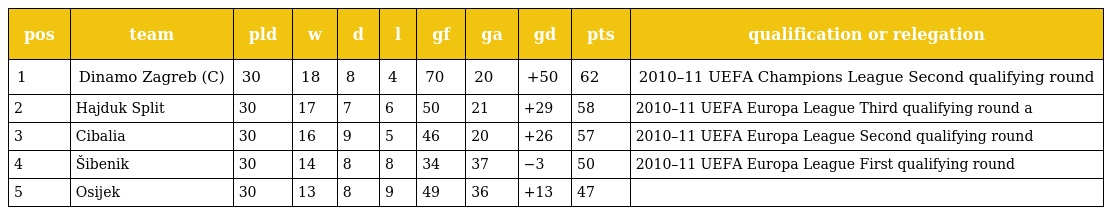
| pos | team | pld | w | d | l | gf | ga | gd | pts | qualification or relegation |
 | --- | --- | --- | --- | --- | --- | --- | --- | --- | --- | --- |
 | 1 | Dinamo Zagreb (C) | 30 | 18 | 8 | 4 | 70 | 20 | +50 | 62 | 2010–11 UEFA Champions League Second qualifying round |
 | 2 | Hajduk Split | 30 | 17 | 7 | 6 | 50 | 21 | +29 | 58 | 2010–11 UEFA Europa League Third qualifying round a |
 | 3 | Cibalia | 30 | 16 | 9 | 5 | 46 | 20 | +26 | 57 | 2010–11 UEFA Europa League Second qualifying round |
 | 4 | Šibenik | 30 | 14 | 8 | 8 | 34 | 37 | −3 | 50 | 2010–11 UEFA Europa League First qualifying round |
 | 5 | Osijek | 30 | 13 | 8 | 9 | 49 | 36 | +13 | 47 |  |